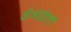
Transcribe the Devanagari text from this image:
वीआईएटी